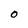
Character: O